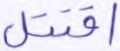
اقتتل